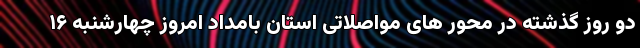
دو روز گذشته در محور های مواصلاتی استان بامداد امروز چهارشنبه ۱۶